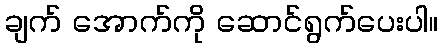
ချက် အောက်ကို ဆောင်ရွက်ပေးပါ။